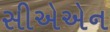
સીએએન